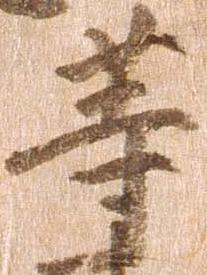
等